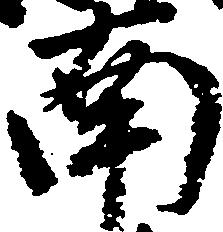
南